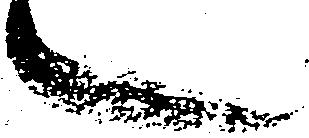
言